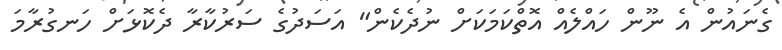
ގެނައުން އެ ނޫން ހައްލެއް އޮތްކަމަކަށް ނުދެކެން" އަސަދުގެ ސަރުކާރާ ދެކޮޅަށް ހަނގުރާމަ